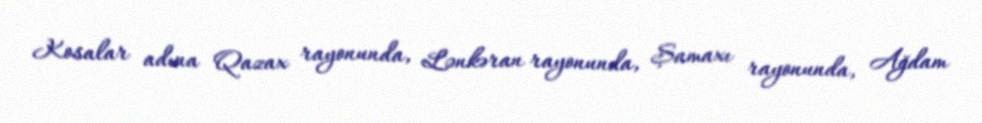
Kosalar adına Qazax rayonunda, Lənkəran rayonunda, Şamaxı rayonunda, Ağdam